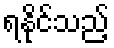
ရနိုင်သည့်